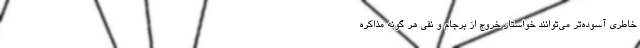
خاطری آسوده‌تر می‌توانند خواستار خروج از برجام و نفی هر گونه مذاکره